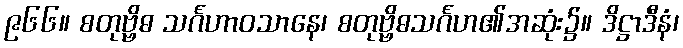
၉၆၆။ စတုဗ္ဗိဓ သင်္ဂဟာဝသာနေ၊ စတုဗ္ဗိဓသင်္ဂဟ၏အဆုံး၌။ ဒိဋ္ဌာဒီနံ၊